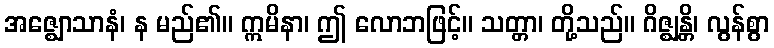
အဇ္ဈောသာနံ၊ န မည်၏။ ဣမိနာ၊ ဤ လောဘဖြင့်။ သတ္တာ၊ တို့သည်။ ဂိဇ္ဈန္တိ၊ လွန်စွာ